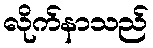
လိုက်နာသည်